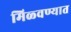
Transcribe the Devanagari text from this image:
मिळ्वण्यात